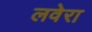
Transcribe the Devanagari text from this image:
लवेरा